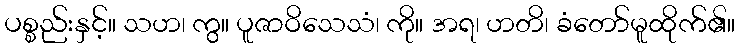
ပစ္စည်းနှင့်။ သဟ၊ ကွ။ ပူဇာဝိသေသံ၊ ကို။ အရ၊ ဟတိ၊ ခံတော်မူထိုက်၏။